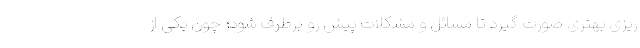
ریزی بهتری صورت گیرد تا مسائل و مشکلات پیش رو برطرف شود؛ چون یکی از